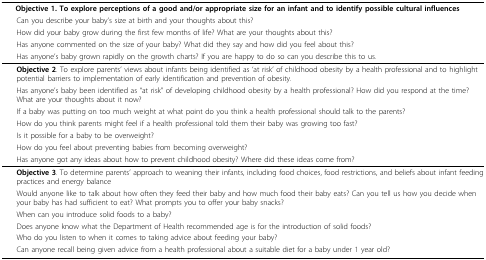
<table><thead><tr><td><b> Objective 1. To explore perceptions of a good and/or appropriate size for an infant and to identify possible cultural influences</b></td></tr><tr><td><b> Can you describe your baby&#x27;s size at birth and your thoughts about this?</b></td></tr><tr><td><b> How did your baby grow during the first few months of life? What are your thoughts about this?</b></td></tr><tr><td><b> Has anyone commented on the size of your baby? What did they say and how did you feel about this?</b></td></tr><tr><td><b> Has anyone&#x27;s baby grown rapidly on the growth charts? If you are happy to do so can you describe this to us.</b></td></tr></thead><tbody><tr><td> <b>Objective 2</b>. To explore parents&#x27; views about infants being identified as &#x27;at risk&#x27; of childhood obesity by a health professional and to highlight potential barriers to implementation of early identification and prevention of obesity.</td></tr><tr><td> Has anyone&#x27;s baby been identified as &quot;at risk&quot; of developing childhood obesity by a health professional? How did you respond at the time? What are your thoughts about it now?</td></tr><tr><td> If a baby was putting on too much weight at what point do you think a health professional should talk to the parents?</td></tr><tr><td> How do you think parents might feel if a health professional told them their baby was growing too fast?</td></tr><tr><td> Is it possible for a baby to be overweight?</td></tr><tr><td> How do you feel about preventing babies from becoming overweight?</td></tr><tr><td> Has anyone got any ideas about how to prevent childhood obesity? Where did these ideas come from?</td></tr><tr><td> <b>Objective 3</b>. To determine parents&#x27; approach to weaning their infants, including food choices, food restrictions, and beliefs about infant feeding practices and energy balance</td></tr><tr><td> Would anyone like to talk about how often they feed their baby and how much food their baby eats? Can you tell us how you decide when your baby has had sufficient to eat? What prompts you to offer your baby snacks?</td></tr><tr><td> When can you introduce solid foods to a baby?</td></tr><tr><td> Does anyone know what the Department of Health recommended age is for the introduction of solid foods?</td></tr><tr><td> Who do you listen to when it comes to taking advice about feeding your baby?</td></tr><tr><td> Can anyone recall being given advice from a health professional about a suitable diet for a baby under 1 year old?</td></tr></tbody></table>